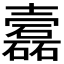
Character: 𡕎